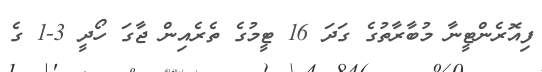
ފިއޮރެންޓީނާ މުބާރާތުގެ ގަދަ 16 ޓީމުގެ ތެރެއިން ޖާގަ ހޯދީ 3-1 ގެ